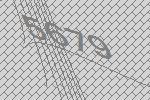
5679